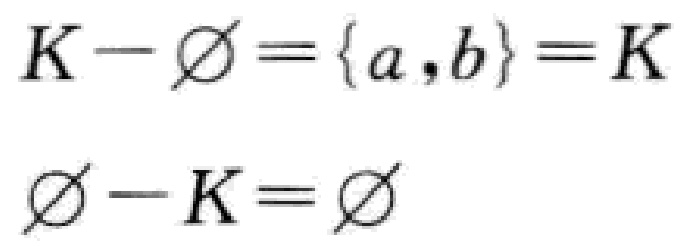
\[

\begin{align*}

K - \varnothing&=\{a,b\}=K\\

\varnothing - K&=\varnothing

\end{align*}

\]